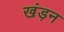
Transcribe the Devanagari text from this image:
खंड़न